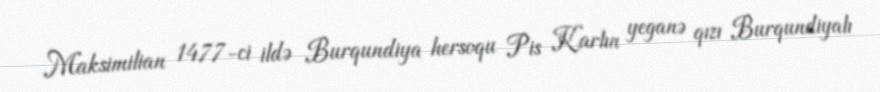
Maksimilian 1477-ci ildə Burqundiya hersoqu Pis Karlın yeganə qızı Burqundiyalı